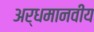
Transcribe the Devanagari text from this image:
अर्धमानवीय